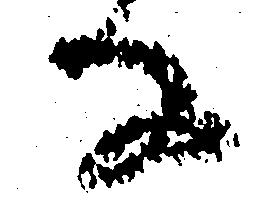
な